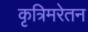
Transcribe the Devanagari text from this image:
कृत्रिमरेतन